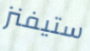
ستيفنز